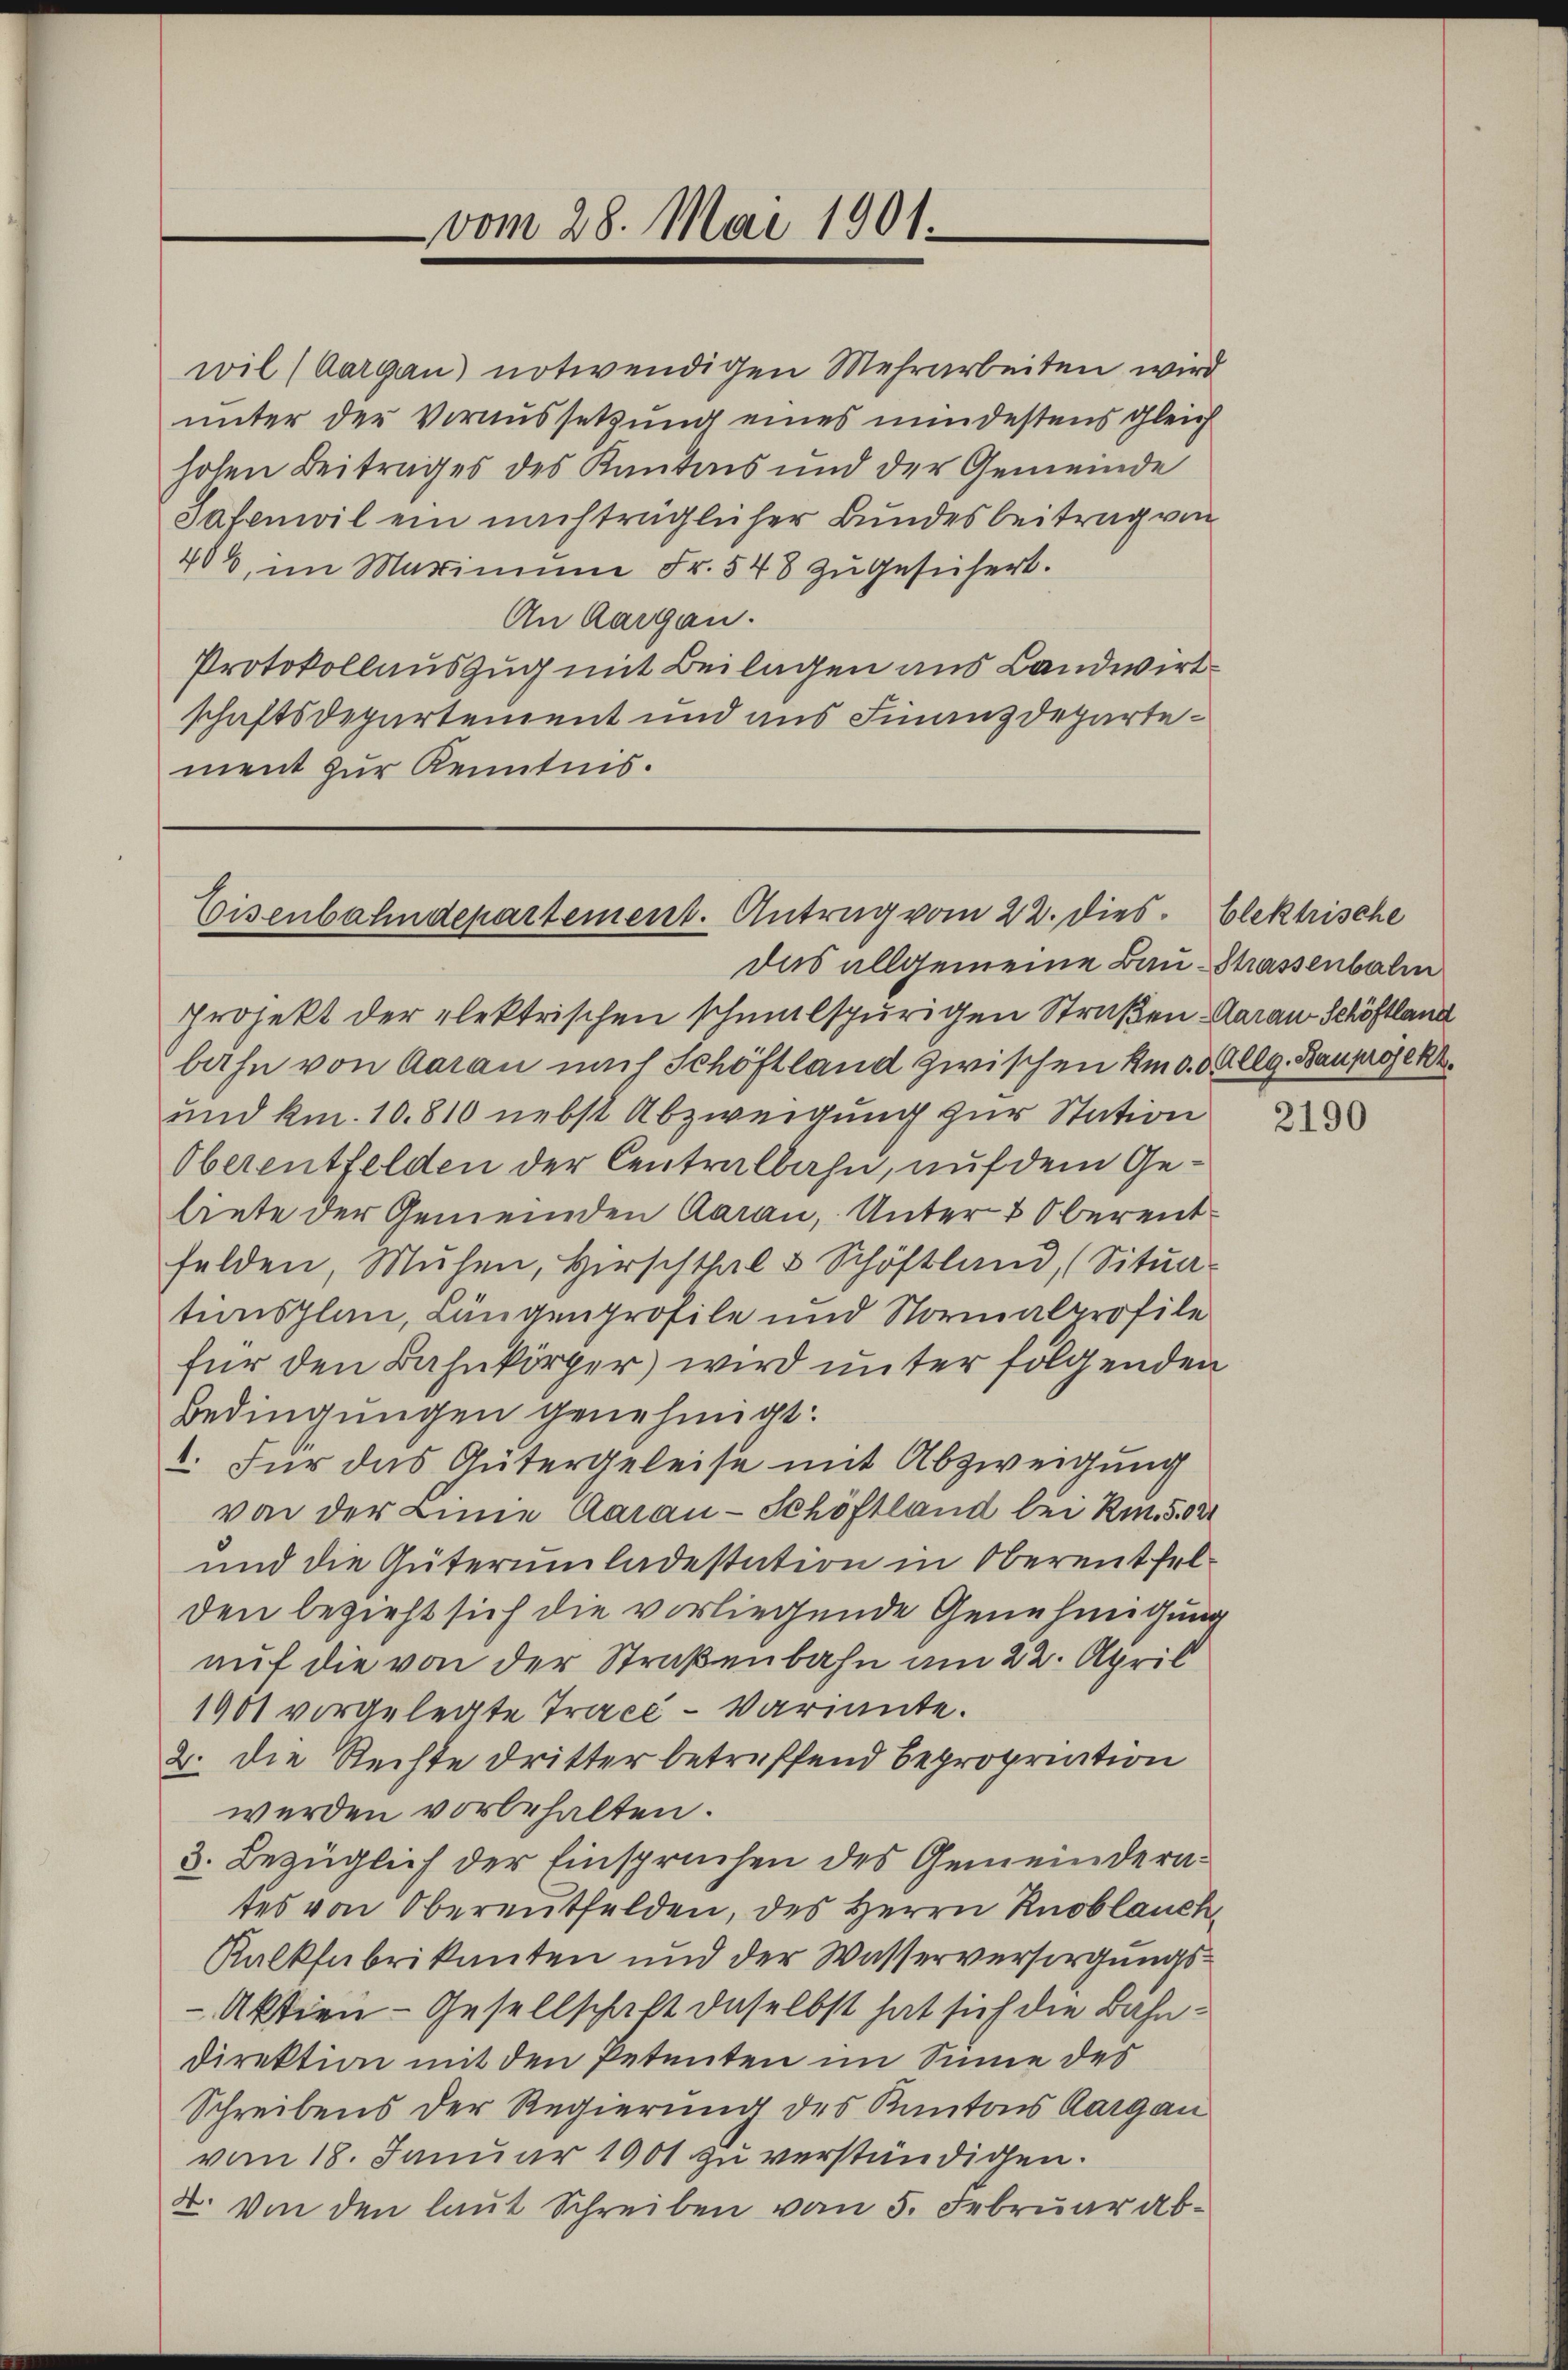
406, im Marinum Fr. 548 zu gesichert.
An Aargau.
Protokollauszug mit Beilagen aus Landwirtschaftsdepartement und aus Finanzdepartement zur Kenntnis.

vom 28. Mai 1901.

Eisenbahndepartement. Antrag vom 22. dies

wil (Aargau notwendigen Mehrarbeiten wird
unter der Voraussetzung eines mindestens gleich
hohen Beitrages des Kantons und der Gemeinde
Safenwil ein nachträglicher Bundesbeitrag von

das allgemeine Bau Thassenbalm
Projekt der elektrischen schmalspurigen Straßen Aarau Schöffland
bahn von Aarau mit Schöftland zwischen Am d. d. Allg. Bauprojekt.
und kn. 10. 810 nebst Abzweigung zur Station
Oberentfelden der Centralbahn, auf dem Gebiete der Gemeinden Aarau, Unter & Oberentfelden, Mühen, Hirschthal & Schöftland (Sitŭa-
tionsplan, Längenprofile und Normalprofile
für den Bahnkörper wird unter folgenden
Bedingungen genehmigt.
1. Für das Gütergeleise mit Abzweigung
von der Linie Aarau - Schöftland bei Rm. 508
und die Güterumladestation in Oberentfelden bezieht sich die vorliegende Genehmigung
auf die von der Straßenbahn am 22. April
1901 vorgelegte Tracé-Variante.
2. die Rechte dritter betreffend Bepropriation
werden vorbehalten.
3. Bezüglich der Einspruchen des Gemeinderates von Oberentfelden, des Herrn Knoblauch
Kalkfabrikanten und der Wasserversorgungs¬
Aktien-Gesellschaft daselbst hat sich die Bahn¬
Direktion mit den Petenten im Sinne des
Schreibens der Regierung des Kantons Aargau
vom 18. Januar 1901 zu verständigen.
2. Von den laut Schreiben vom 5. Februar ab¬

blektrische

2190